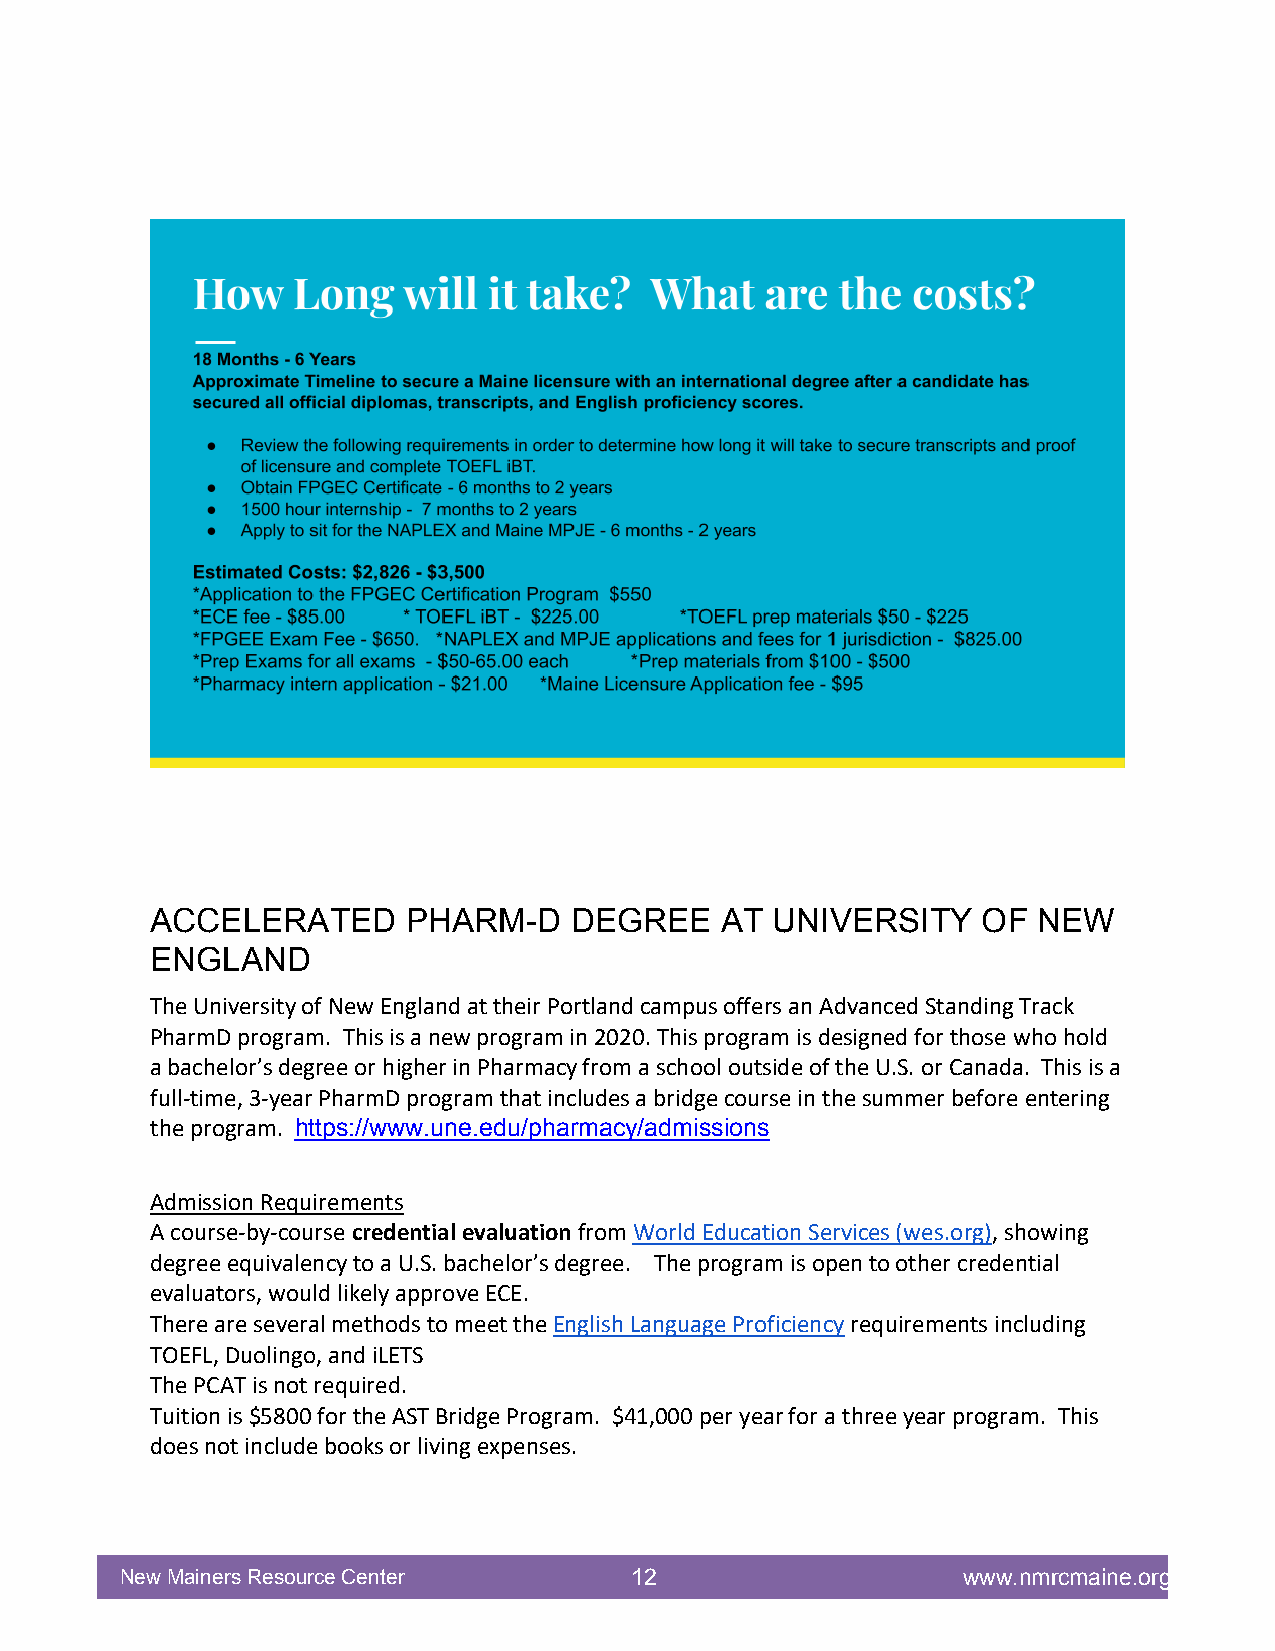
ACCELERATED      PHARM-D    DEGREE    AT UNIVERSITY    OF  NEW
 ENGLAND
 The University of New England at their Portland campus offers an Advanced Standing Track
 PharmD program. This is a new program in 2020. This program is designed for those who hold
 a bachelor’s degree or higher in Pharmacy from a school outside of the U.S. or Canada. This is a
 full-time, 3-year PharmD program that includes a bridge course in the summer before entering
 the program. https://www.une.edu/pharmacy/admissions
 Admission Requirements
 A course-by-course credential evaluation from World Education Services (wes.org), showing
 degree equivalency to a U.S. bachelor’s degree. The program is open to other credential
 evaluators, would likely approve ECE.
 There are several methods to meet the English Language Proficiency requirements including
 TOEFL, Duolingo, and iLETS
 The PCAT is not required.
 Tuition is $5800 for the AST Bridge Program. $41,000 per year for a three year program. This
 does not include books or living expenses.
 New Mainers Resource Center       12                    www.nmrcmaine.org